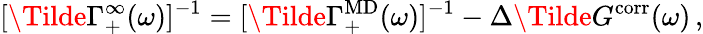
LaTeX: [\Tilde{\Gamma}_{+}^{\infty}(\omega)]^{-1}=[\Tilde{\Gamma}_{+}^{\mathrm{MD}}(\omega)]^{-1}-\Delta\Tilde{G}^{\mathrm{corr}}(\omega)\, ,